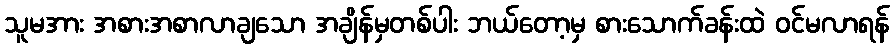
သူမအား အစားအစာလာချသော အချိန်မှတစ်ပါး ဘယ်တော့မှ စားသောက်ခန်းထဲ ဝင်မလာရန်